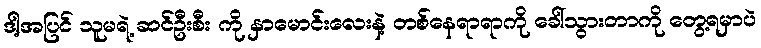
ဒါ့အပြင် သူမရဲ့ ဆင်ဦးစီး ကို နှာမောင်းလေးနဲ့ တစ်နေရာရာကို ခေါ်သွားတာကို တွေ့ရမှာပဲ